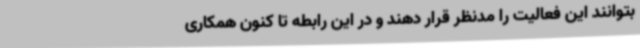
بتوانند این فعالیت را مدنظر قرار دهند و در این رابطه تا کنون همکاری